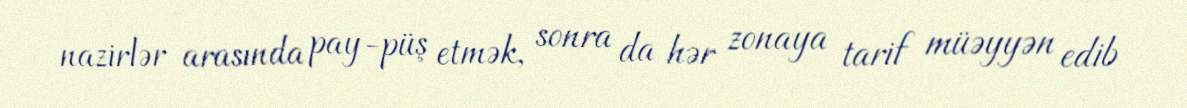
nazirlər arasında pay-püş etmək, sonra da hər zonaya tarif müəyyən edib